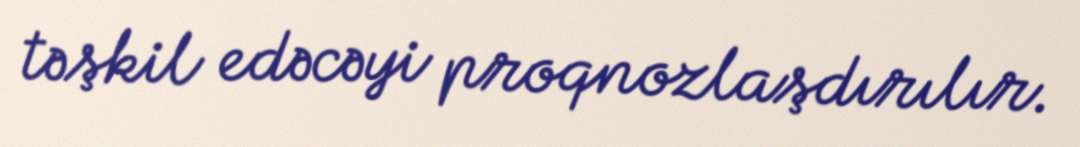
təşkil edəcəyi proqnozlaşdırılır.